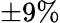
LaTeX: \pm 9\%